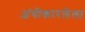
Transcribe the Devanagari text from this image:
अंगीकारलेला